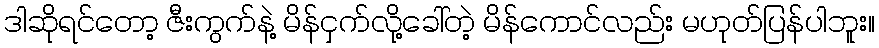
ဒါဆိုရင်တော့ ဇီးကွက်နဲ့ မိန်ငှက်လို့ခေါ်တဲ့ မိန်ကောင်လည်း မဟုတ်ပြန်ပါဘူး။